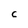
Character: c